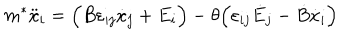
m ^ { * } \ddot { x } _ { i } = \Big ( B \varepsilon _ { i j } \dot { x } _ { j } + E _ { i } \Big ) - \theta \Big ( \varepsilon _ { i j } \dot { E } _ { j } - \dot { B } \dot { x } _ { i } \Big )